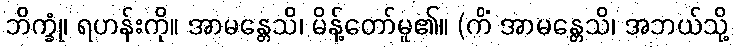
ဘိက္ခုံ၊ ရဟန်းကို။ အာမန္တေသိ၊ မိန့်တော်မူ၏။ (ကိံ အာမန္တေသိ၊ အဘယ်သို့